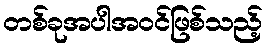
တစ်ခုအပါအဝင်ဖြစ်သည့်